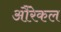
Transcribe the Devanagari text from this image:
औरेकल